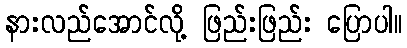
နားလည်အောင်လို့ ဖြည်းဖြည်း ပြောပါ။